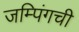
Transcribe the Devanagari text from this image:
जम्पिंगची